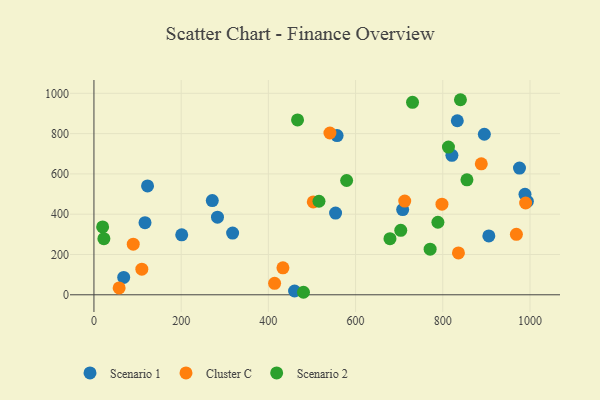
{"axis": {"x": "Engine Size", "y": "Exam Score"}, "legend": ["Cluster C", "Scenario 1", "Scenario 2"], "data": [{"x": "557.6", "y": 790.5, "type": "Scenario 1"}, {"x": "988.5", "y": 498.5, "type": "Scenario 1"}, {"x": "820.9", "y": 692.4, "type": "Scenario 1"}, {"x": "994.0", "y": 463.2, "type": "Scenario 1"}, {"x": "708.0", "y": 423.0, "type": "Scenario 1"}, {"x": "975.9", "y": 628.9, "type": "Scenario 1"}, {"x": "895.3", "y": 796.9, "type": "Scenario 1"}, {"x": "460.1", "y": 18.9, "type": "Scenario 1"}, {"x": "122.9", "y": 540.6, "type": "Scenario 1"}, {"x": "833.3", "y": 863.8, "type": "Scenario 1"}, {"x": "68.2", "y": 86.4, "type": "Scenario 1"}, {"x": "271.4", "y": 467.8, "type": "Scenario 1"}, {"x": "905.6", "y": 292.2, "type": "Scenario 1"}, {"x": "554.1", "y": 405.4, "type": "Scenario 1"}, {"x": "117.1", "y": 358.1, "type": "Scenario 1"}, {"x": "283.3", "y": 385.3, "type": "Scenario 1"}, {"x": "201.3", "y": 297.6, "type": "Scenario 1"}, {"x": "318.0", "y": 306.3, "type": "Scenario 1"}, {"x": "798.1", "y": 449.6, "type": "Cluster C"}, {"x": "888.3", "y": 649.9, "type": "Cluster C"}, {"x": "968.8", "y": 300.0, "type": "Cluster C"}, {"x": "414.3", "y": 57.1, "type": "Cluster C"}, {"x": "109.8", "y": 127.0, "type": "Cluster C"}, {"x": "835.9", "y": 208.0, "type": "Cluster C"}, {"x": "712.7", "y": 465.4, "type": "Cluster C"}, {"x": "503.0", "y": 461.0, "type": "Cluster C"}, {"x": "433.4", "y": 133.9, "type": "Cluster C"}, {"x": "90.1", "y": 251.2, "type": "Cluster C"}, {"x": "57.8", "y": 34.0, "type": "Cluster C"}, {"x": "990.0", "y": 455.7, "type": "Cluster C"}, {"x": "541.2", "y": 803.1, "type": "Cluster C"}, {"x": "813.0", "y": 733.0, "type": "Scenario 2"}, {"x": "788.8", "y": 360.0, "type": "Scenario 2"}, {"x": "771.0", "y": 226.2, "type": "Scenario 2"}, {"x": "840.5", "y": 968.2, "type": "Scenario 2"}, {"x": "516.1", "y": 464.4, "type": "Scenario 2"}, {"x": "678.9", "y": 278.3, "type": "Scenario 2"}, {"x": "579.5", "y": 567.3, "type": "Scenario 2"}, {"x": "703.6", "y": 320.0, "type": "Scenario 2"}, {"x": "730.6", "y": 955.5, "type": "Scenario 2"}, {"x": "19.9", "y": 336.7, "type": "Scenario 2"}, {"x": "855.4", "y": 570.6, "type": "Scenario 2"}, {"x": "480.5", "y": 12.5, "type": "Scenario 2"}, {"x": "466.9", "y": 868.0, "type": "Scenario 2"}, {"x": "22.8", "y": 278.7, "type": "Scenario 2"}]}